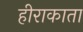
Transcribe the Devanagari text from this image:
हीराकाता